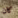
كان